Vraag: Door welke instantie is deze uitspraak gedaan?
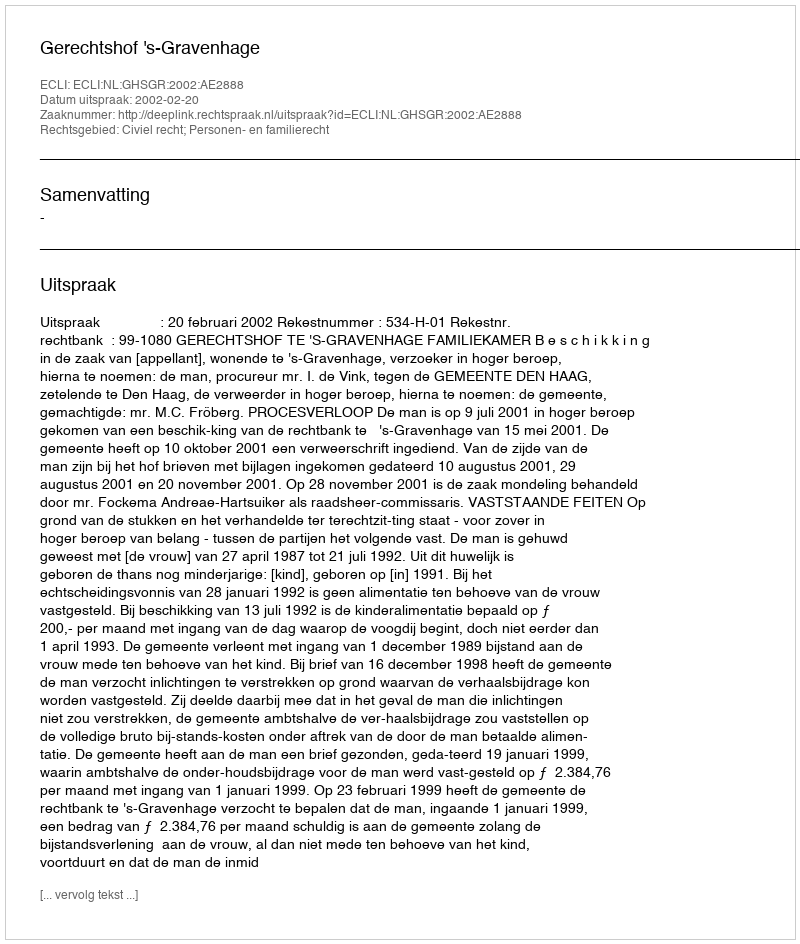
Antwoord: Gerechtshof 's-Gravenhage